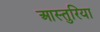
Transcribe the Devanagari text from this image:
आस्तुरिया